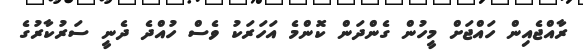
ރާއްޖެއިން ހައްޖަށް މީހުން ގެންދަން ކޮންމެ އަހަރަކު ވެސް ހުއްދެ ދެނީ ސަރުކާރުގެ